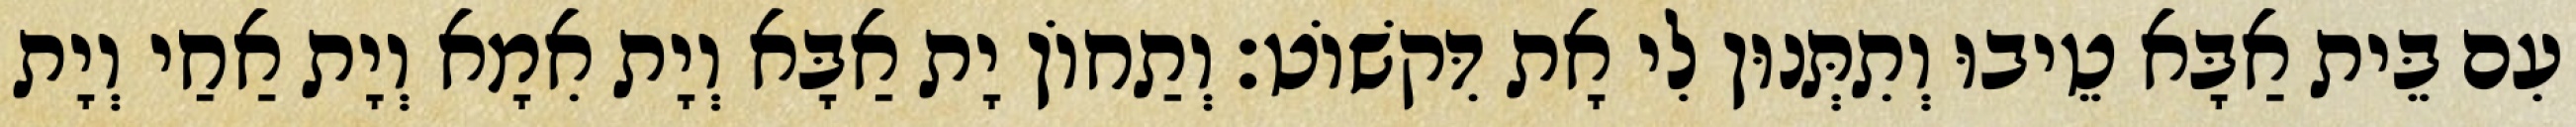
עִם בֵּית אַבָּא טֵיבוּ וְתִתְּנוּן לִי אָת דִּקשׁוֹט׃ וְתַחוֹן יָת אַבָּא וְיָת אִמָא וְיָת אַחַי וְיָת